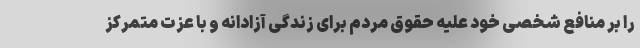
را بر منافع شخصی خود علیه حقوق مردم برای زندگی آزادانه و با عزت متمرکز